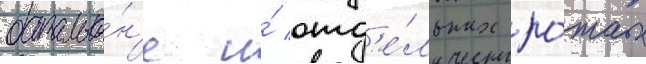
батальо́н'е и́ отд'е́льных ро́тах